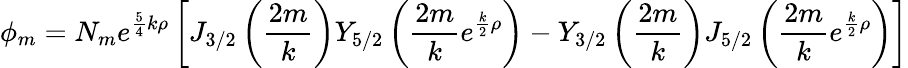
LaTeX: \phi_{m}=N_{m}e^{{\frac{5}{4}}k\rho}\left[J_{3/2}\left({\frac{2m}{k}}\right)Y_{5/2}\left({\frac{2m}{k}}e^{{\frac{k}{2}}\rho}\right)-Y_{3/2}\left({\frac{2m}{k}}\right)J_{5/2}\left({\frac{2m}{k}}e^{{\frac{k}{2}}\rho}\right)\right]